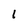
Character: 1